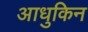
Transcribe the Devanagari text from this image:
आधुकिन